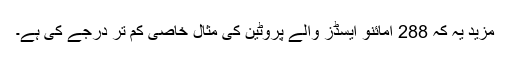
مزید یہ کہ 288 امائنو ایسڈز والے پروٹین کی مثال خاصی کم تر درجے کی ہے۔